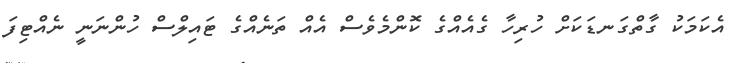
އެކަމަކު ގާތްގަނޑަކަށް ހުރިހާ ގެއެއްގެ ކޮންމެވެސް އެއް ތަނެއްގެ ޓައިލްސް ހުންނަނީ ނެއްޓިފަ